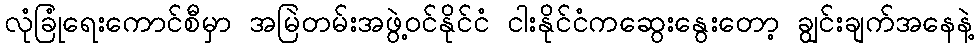
လုံခြုံရေးကောင်စီမှာ အမြဲတမ်းအဖွဲ့ဝင်နိုင်ငံ ငါးနိုင်ငံကဆွေးနွေးတော့ ချွင်းချက်အနေနဲ့